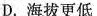
D.海拔更低